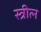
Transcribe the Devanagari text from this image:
स्त्रीत्न